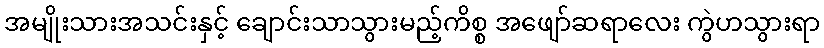
အမျိုးသားအသင်းနှင့် ချောင်းသာသွားမည့်ကိစ္စ အဖျော်ဆရာလေး ကွဲဟသွားရာ